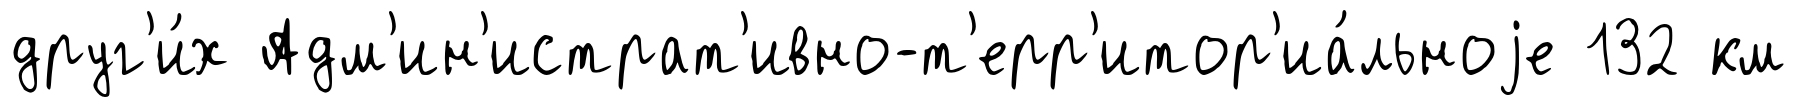
друг'и́х Адм'ин'истрат'ивно-т'ерр'итор'иа́льноjе 132 км